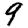
Digit: 9